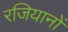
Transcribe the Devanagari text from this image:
रजियानों